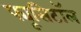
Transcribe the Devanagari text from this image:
फ्यूसिटॉल